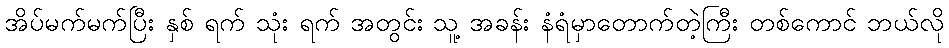
အိပ်မက်မက်ပြီး နှစ် ရက် သုံး ရက် အတွင်း သူ့ အခန်း နံရံမှာတောက်တဲ့ကြီး တစ်ကောင် ဘယ်လို